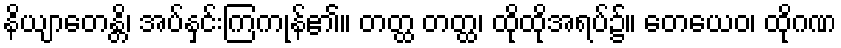
နိယျာတေန္တိ၊ အပ်နှင်းကြကုန်၏။ တတ္ထ တတ္ထ၊ ထိုထိုအရပ်၌။ တေယေဝ၊ ထိုဂဏ